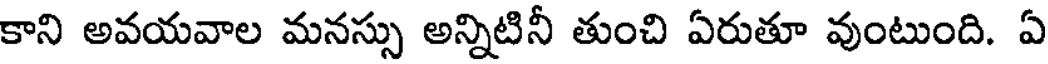
కాని అవయవాల మనస్సు అన్నిటినీ తుంచి ఏరుతూ వుంటుంది. ఏ